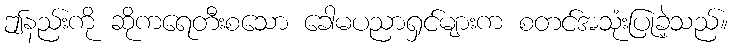
ဤနည်းကို ဆိုကရေတီးစသော ခေါမပညာရှင်များက စတင်အသုံးပြုခဲ့သည်။